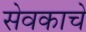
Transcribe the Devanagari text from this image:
सेवकाचे